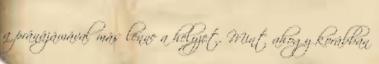
a pránájámával más lenne a helyzet. Mint ahogy korábban